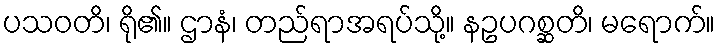
ပသဝတိ၊ ရို၏။ ဌာနံ၊ တည်ရာအရပ်သို့။ နဥပဂစ္ဆတိ၊ မရောက်။